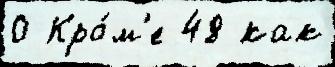
0 Кро́м'е 48 как